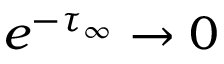
e ^ { - { \tau _ { \infty } } } \to 0